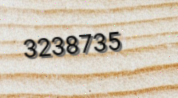
3238735